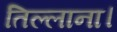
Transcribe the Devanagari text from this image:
तिल्लाना।